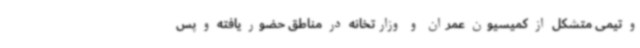
و تیمی متشکل از کمیسیون عمران و وزارتخانه در مناطق حضور یافته و پس